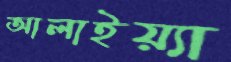
আলাইয়্যা